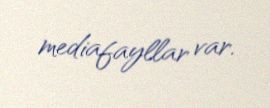
mediafayllar var.